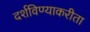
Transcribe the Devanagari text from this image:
दर्शविण्याकरीता